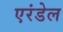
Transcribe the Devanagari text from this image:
एरंडेल